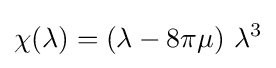
\chi (\lambda )=\left(\lambda -8\pi \mu \right)\,\lambda ^{3}